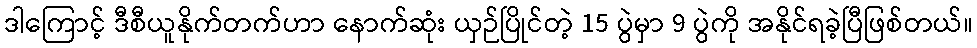
ဒါကြောင့် ဒီစီယူနိုက်တက်ဟာ နောက်ဆုံး ယှဉ်ပြိုင်တဲ့ 15 ပွဲမှာ 9 ပွဲကို အနိုင်ရခဲ့ပြီဖြစ်တယ်။